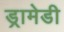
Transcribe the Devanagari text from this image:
ड्रामेडी